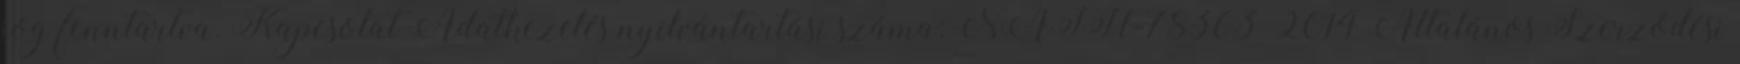
jog fenntartva. Kapcsolat Adatkezelés nyilvántartási száma: NAIH-78363 2014 Általános Szerződési